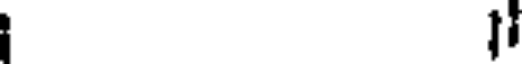
11